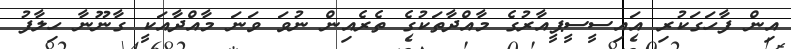
އިން ފާހަގަކުރި އައިސީސީޕީއާރުގެ މާއްދާތަކުގެ ތެރެއިން ނުވަ ވަނަ މާއްދާއަކީ ގާނޫނާ ހިލާފު